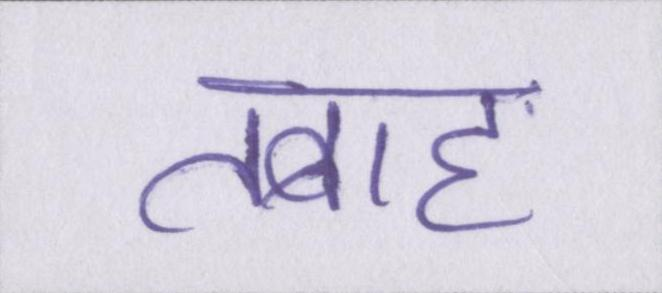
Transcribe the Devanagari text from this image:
तबाह